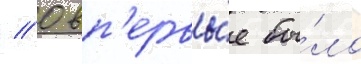
// 0 вп'ервы́е бы́ло